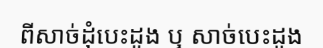
ពីសាច់ដុំបេះដូង ឬ សាច់បេះដូង